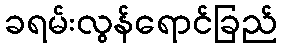
ခရမ်းလွန်ရောင်ခြည်